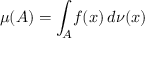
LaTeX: \mu ( A ) = \int _ { A } \! f ( x ) \, d \nu ( x )